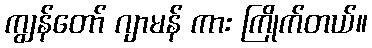
ကျွန်တော် ဂျာမန် ကား ကြိုက်တယ်။